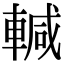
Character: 輱